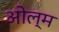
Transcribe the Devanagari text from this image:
ओल्म